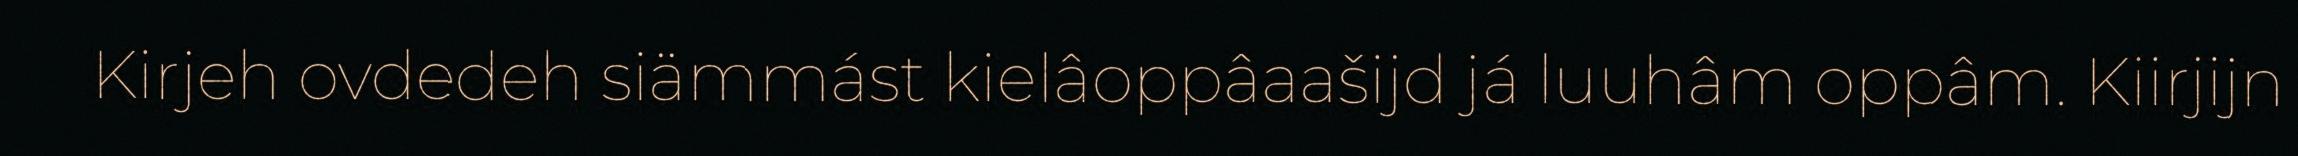
Kirjeh ovdedeh siämmást kielâoppâaašijd já luuhâm oppâm. Kiirjijn